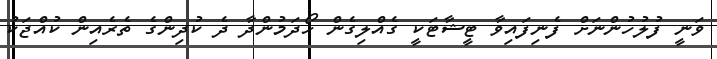
ވަނީ ފުލުހުންނަށް ފެނިފައިވާ ޓީޝާޓަކީ ގެއްލިގެން ހޯދަމުންދާ ދެ ކުދިންގެ ތެރެއިން ކުއްޖަކު